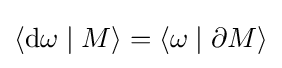
\langle \mathrm {d} \omega \mid M\rangle =\langle \omega \mid \partial M\rangle